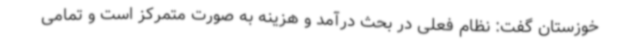
خوزستان گفت: نظام فعلی در بحث درآمد و هزینه به صورت متمرکز است و تمامی